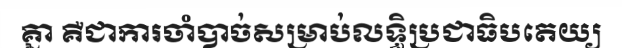
គ្នា គឺជាការចាំបាច់សម្រាប់លទ្ធិប្រជាធិបតេយ្យ